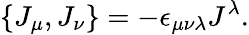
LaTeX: \{ J_{\mu},J_{\nu}\} =-\epsilon_{\mu\nu\lambda}J^{\lambda}.